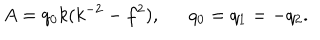
A = q _ { 0 } k ( k ^ { - 2 } - f ^ { 2 } ) , \ \ q _ { 0 } = q _ { 1 } = - q _ { 2 } .